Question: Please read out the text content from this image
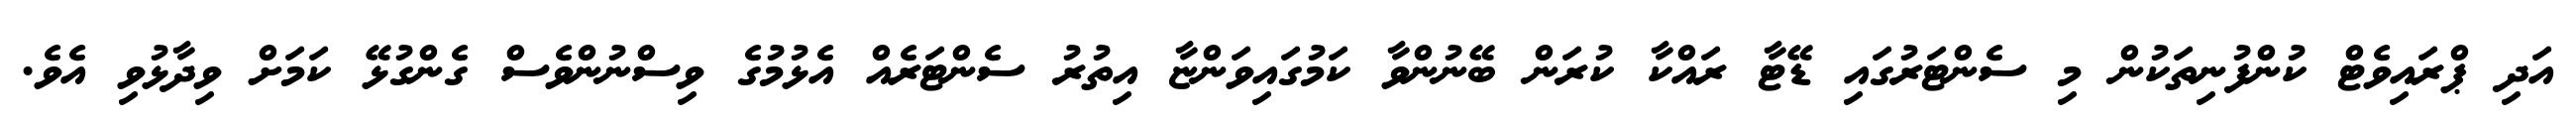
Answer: އަދި ޕްރައިވެޓް ކުންފުނިތަކުން މި ސެންޓަރުގައި ޑޭޓާ ރައްކާ ކުރަން ބޭނުންވާ ކަމުގައިވަންޏާ އިތުރު ސެންޓަރެއް އެޅުމުގެ ވިސްނުންވެސް ގެންގުޅޭ ކަމަށް ވިދާޅުވި އެވެ.